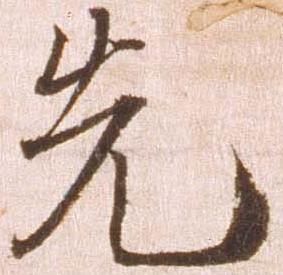
先